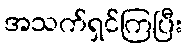
အသက်ရှင်ကြပြီး